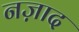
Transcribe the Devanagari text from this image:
नज़ाद